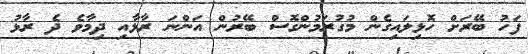
ފަހު ބޭރަށް ހޮޅިލައިގެން މުގުރަމުންގޮސް ބޭރުން އަންނަ ރާޅާއި ދިމާވެ ދެ ރާޅު